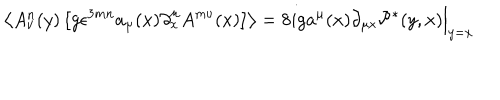
\left\langle A _ { \nu } ^ { n } ( y ) \left[ g \epsilon ^ { 3 m n } a _ { \mu } ( x ) \partial _ { x } ^ { \mu } A ^ { m \nu } ( x ) \right] \right\rangle = 8 i g a ^ { \mu } ( x ) \partial _ { \mu x } \mathcal P ^ { * } ( y , x ) \Bigr | _ { y = x }